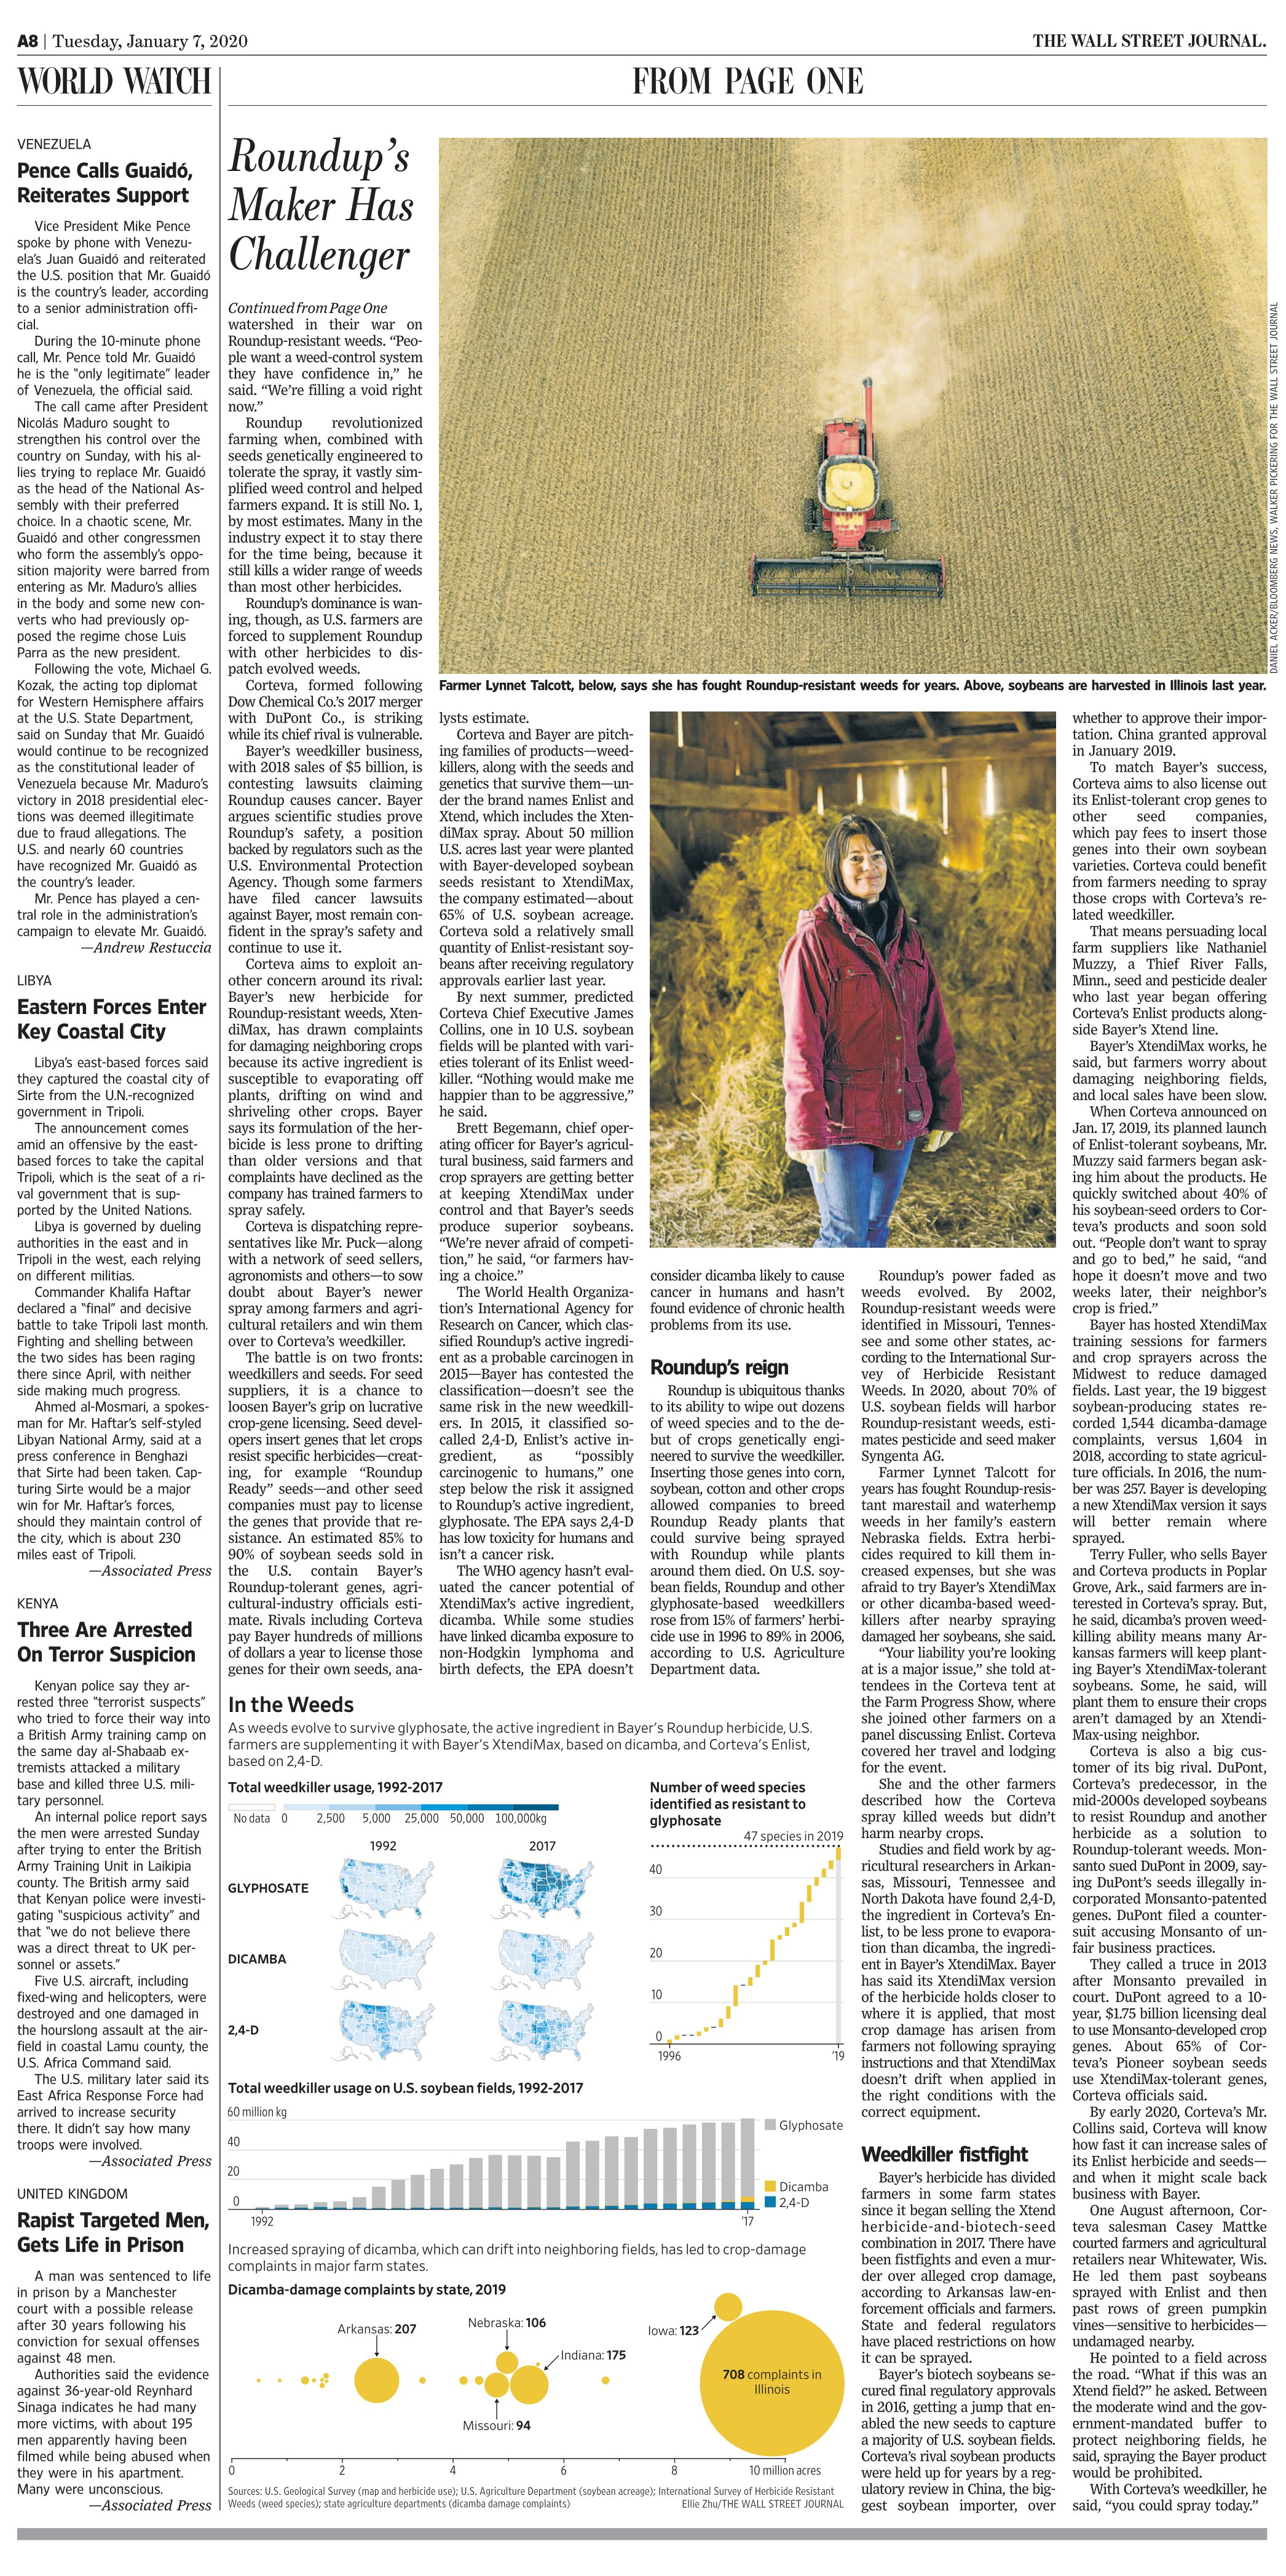
Language: en